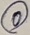
Text: 0